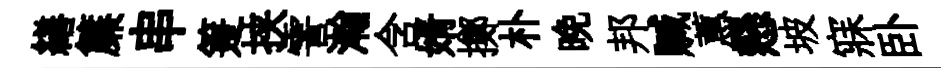
繕簾串箑挟霅瀚含婿擲朴晩邦贓蕙懸坡寐卧